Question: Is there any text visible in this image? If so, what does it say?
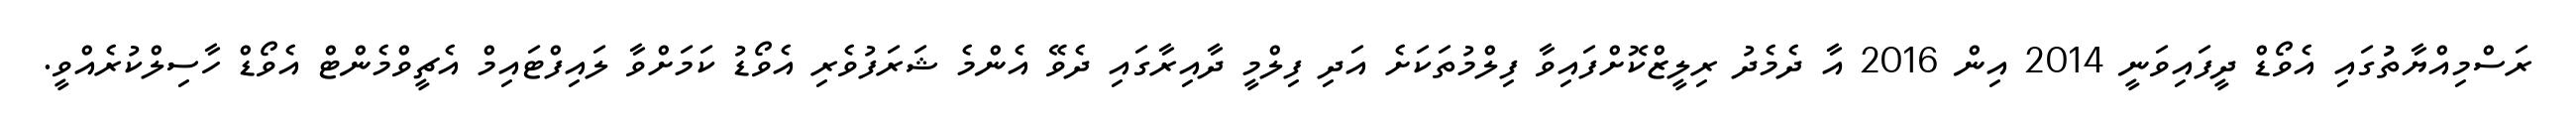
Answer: ރަސްމިއްޔާތުުގައި އެވޯޑް ދީފައިވަނީ 2014 އިން 2016 އާ ދެމެދު ރިލީޒްކޮށްފައިވާ ފިލްމުތަކަށެ އަދި ފިލްމީ ދާއިރާގައި ދެވޭ އެންމެ ޝަރަފުވެރި އެވޯޑު ކަމަށްވާ ލައިފްޓައިމް އެޗީވްމެންޓް އެވޯޑް ހާސިލްކުރެއްވީ.